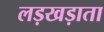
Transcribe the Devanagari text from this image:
लड़खड़ाता